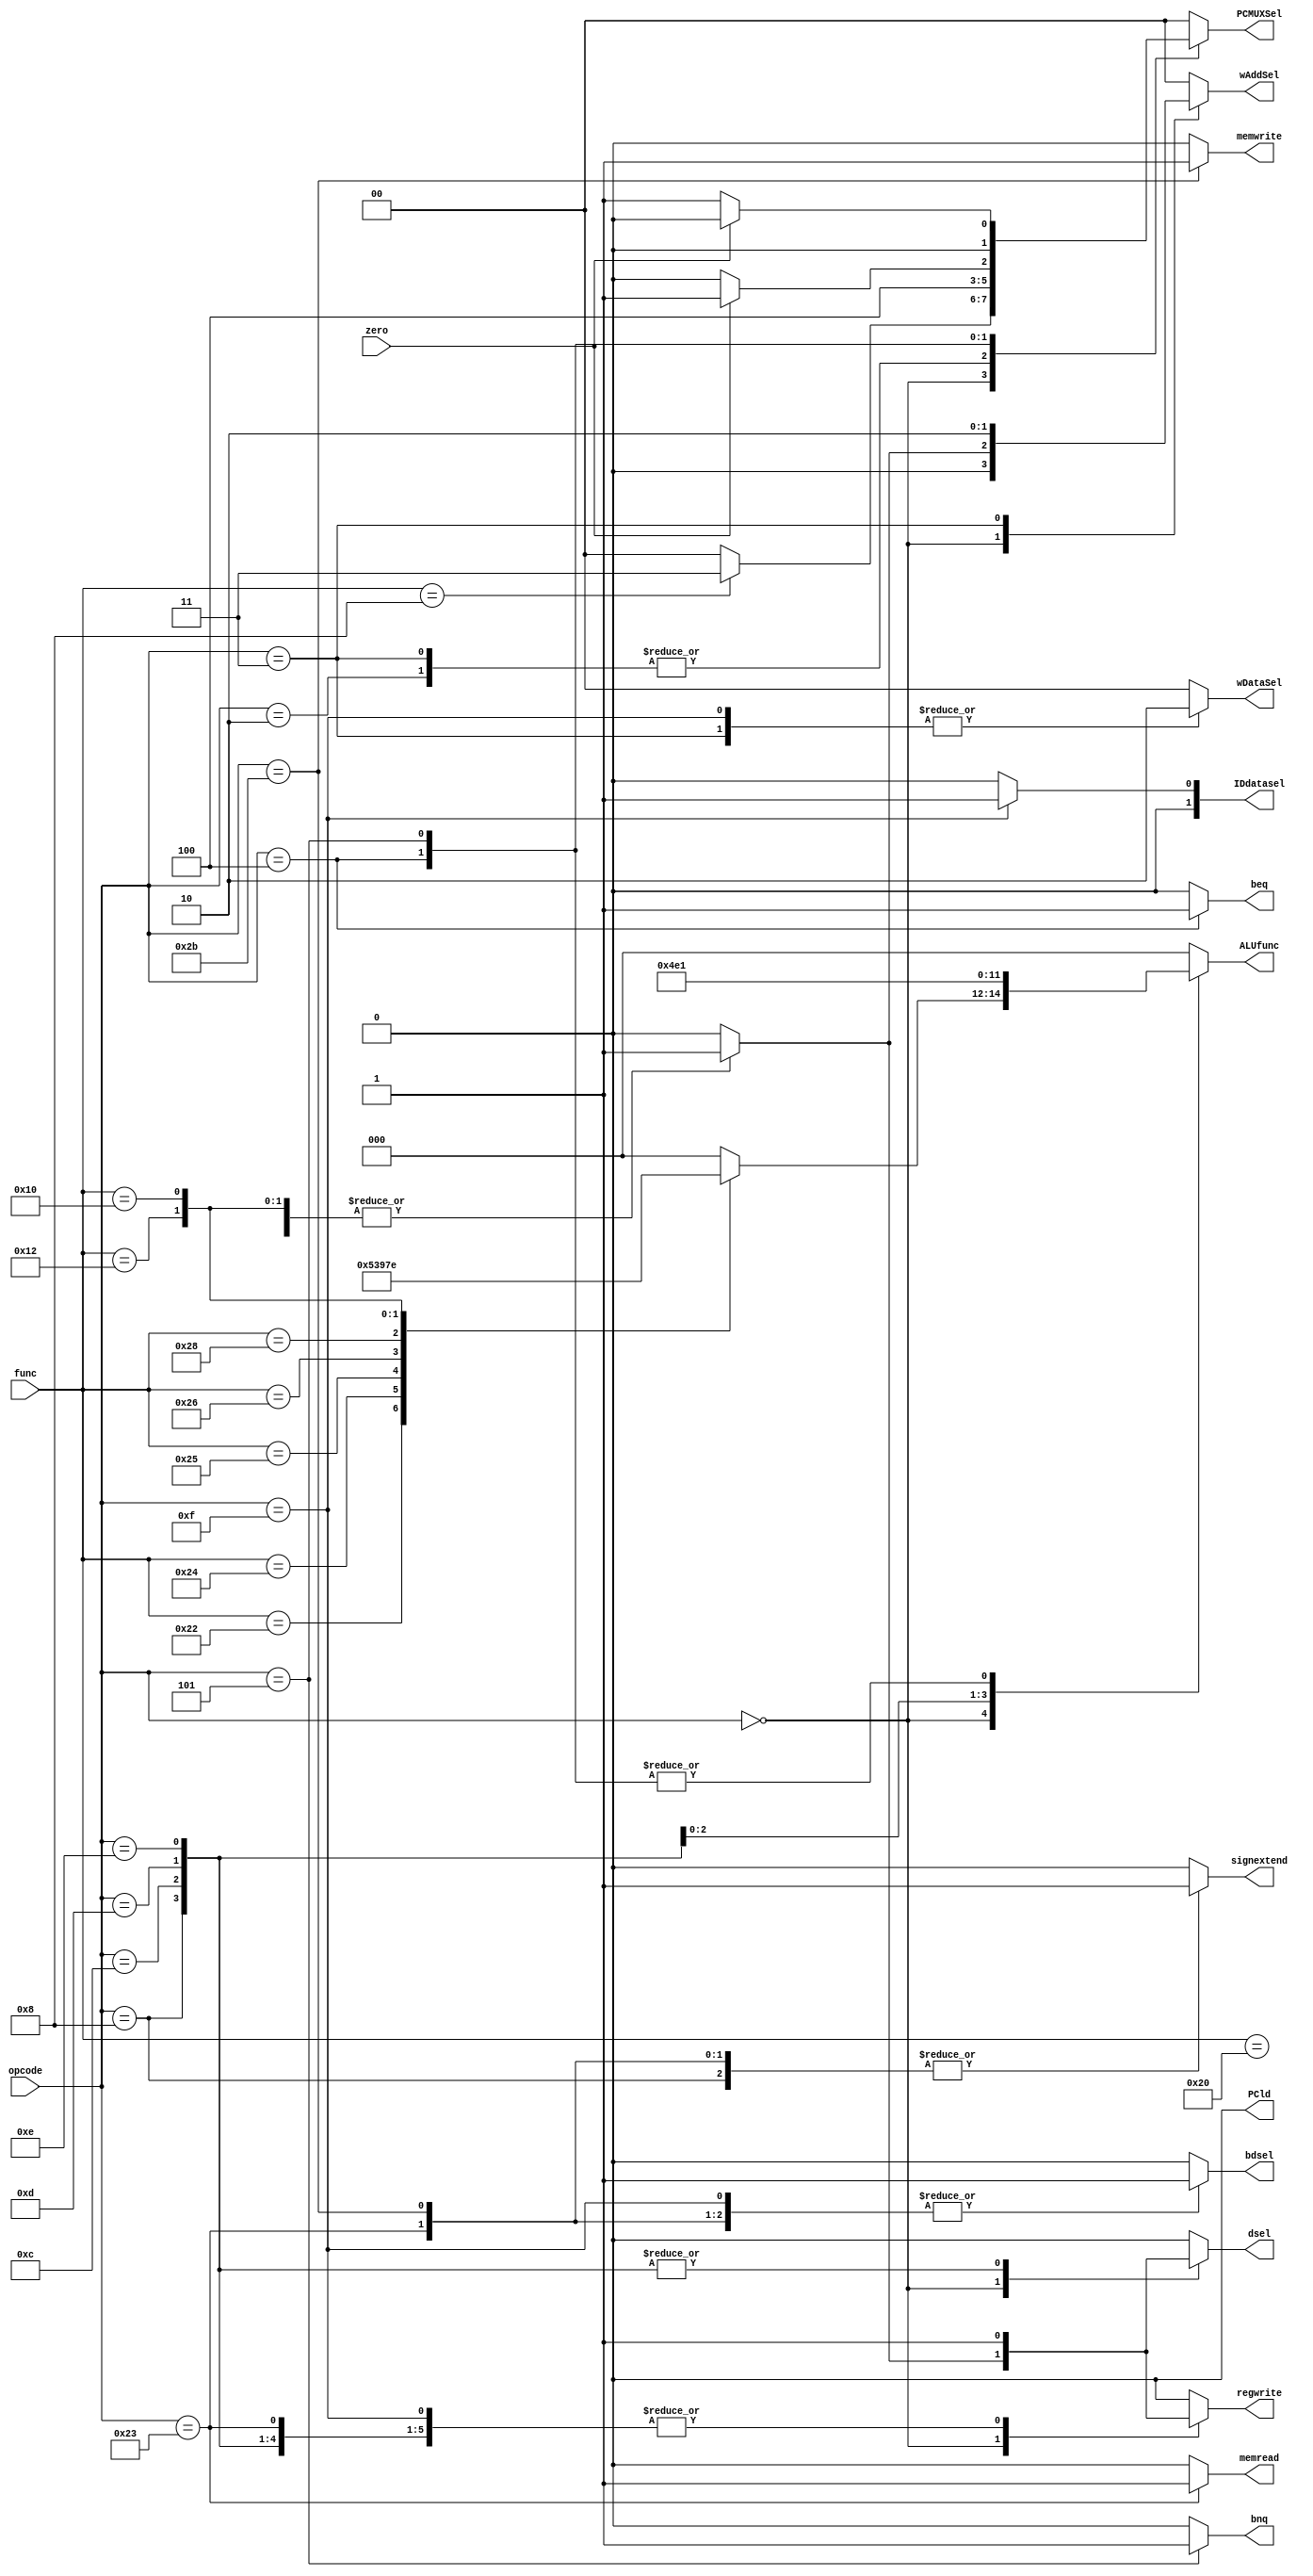
module MIPS_Controller(
input [5:0] opcode,
input [5:0]	func,
input zero, 
output reg [1:0] wAddSel,
output reg [1:0] wDataSel,
output reg [1:0] PCMUXSel,
output reg [1:0] IDdatasel,
output reg [2:0] ALUfunc,
output reg PCld,
output reg regwrite,
output reg bdsel,
output reg dsel,
output reg signextend,
output reg memread,
output reg memwrite,
output reg beq,
output reg bnq);

always @ (opcode , func, zero) begin
	wAddSel<=2'b0;
	wDataSel<=2'b0;
	PCMUXSel<=2'b0;
	ALUfunc<=3'b0;
	regwrite<=1'b0;
	dsel<=1'b0;
	signextend<=1'b0;
	beq<=1'b0;
	bnq<=1'b0;
	memread<=1'b0;
	memwrite<=1'b0;
	bdsel<=1'b0;
	IDdatasel=2'b0;
	PCld<=1'b0;

	//ldLoHi <= 1'b0;

//ALU_Controller(func,ALUfunc);

	case (opcode) 
		//R-Type
		0 : case (func) 
				//add
				32 : begin 
					 	wAddSel<=2'b01;
					 	regwrite<=1'b1;
					 	dsel<=1'b1;
					 	ALUfunc<=3'b000;
					 end	
				//sub
				34 : begin
						 wAddSel<=2'b01;
						 regwrite<=1'b1;
						 dsel<=1'b1;
						 ALUfunc<=3'b001;
					 end
				//and
				36 : begin
						 wAddSel<=2'b01;
						 regwrite<=1'b1;
						 dsel<=1'b1;
						 ALUfunc<=3'b010;
					 end	 	
				//or
				37 : begin
					 	wAddSel<=2'b01;
					 	regwrite<=1'b1;
					 	dsel<=1'b1;
					 	ALUfunc<=3'b011;
					 end
				//xor
				38 : begin
						 wAddSel<=2'b01;
						 regwrite<=1'b1;
						 dsel<=1'b1;
						 ALUfunc<=3'b100;
					 end
				//mult
				40 : begin
						 //regwrite<=1'b1;
						 //ldLoHi<=1'b1;
						 ALUfunc<=3'b101;
					 end
				//mflo
				18 : begin
						 wAddSel<=2'b01;
						 regwrite<=1'b1;
						 dsel<=1'b1;
						 ALUfunc<=3'b111;
						 //aluin2sel<=2'b10;
					 end
				//mfhi
				16 : begin
						 wAddSel<=2'b01;
						 regwrite<=1'b1;
						 dsel<=1'b1;
						 ALUfunc<=3'b110;
						 //aluin2sel<=2'b11;
					 end
				//jr
				8  : PCMUXSel<=2'b11;
			   endcase					
		//addi
		8  : begin
				 regwrite<=1'b1;
				 ALUfunc<=3'b000;
				 dsel<=1'b1;
				 signextend<=1'b1;
				 bdsel<=1'b1;
			 end
		//andi
		12 : begin 
			 	 regwrite<=1'b1;
				 ALUfunc<=3'b010;
				 dsel<=1'b1;
				 bdsel<=1'b1;
		     end
		//ori
		13 : begin
				 regwrite<=1'b1;
				 ALUfunc<=3'b011;
				 dsel<=1'b1;
				 bdsel<=1'b1;
			 end
		//xori
		14 : begin
			  	 regwrite<=1'b1;
				 ALUfunc<=3'b100;
				 dsel<=1'b1;
				 bdsel<=1'b1;
			 end
		//lw
		35 : begin
				 //wAddSel<=2'b00;
				 regwrite<=1'b1;
				 //ALUfunc<=3'b000;
				 signextend<=1'b1;
				 memread<=1'b1;
				 bdsel<=1'b1;
			 end
		//sw
		43 : begin
				 //ALUfunc<=3'b000;
				 signextend<=1'b1;
				 memwrite<=1'b1; 
				 bdsel<=1'b1;
			 end
		//lui
		15 : begin
				 //wAddSel<=2'b01;
				 wDataSel<=2'b10;
				 regwrite<=1'b1;
				 bdsel<=1'b1;
				 IDdatasel<=1'b1;
			 end
		//j
		2  : PCMUXSel<=2'b10;
			 
		//jal
		3  : begin
			 	 PCMUXSel<=2'b10;
				 wAddSel<=2'b10;
				 wDataSel<=2'b10;
				 regwrite<=1'b1;
			 end
		//beq
		4  : begin
				 ALUfunc<=3'b001;
				 PCMUXSel <= zero ? 2'b01 : 2'b00;
				 beq<=1'b1;
			 end
		//bnq 
		5  : begin
				 ALUfunc<=3'b001;
				 PCMUXSel <= ~zero ? 2'b01 : 2'b00;
				 bnq<=1'b1;
			 end
	endcase
end
endmodule